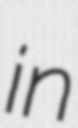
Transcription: in